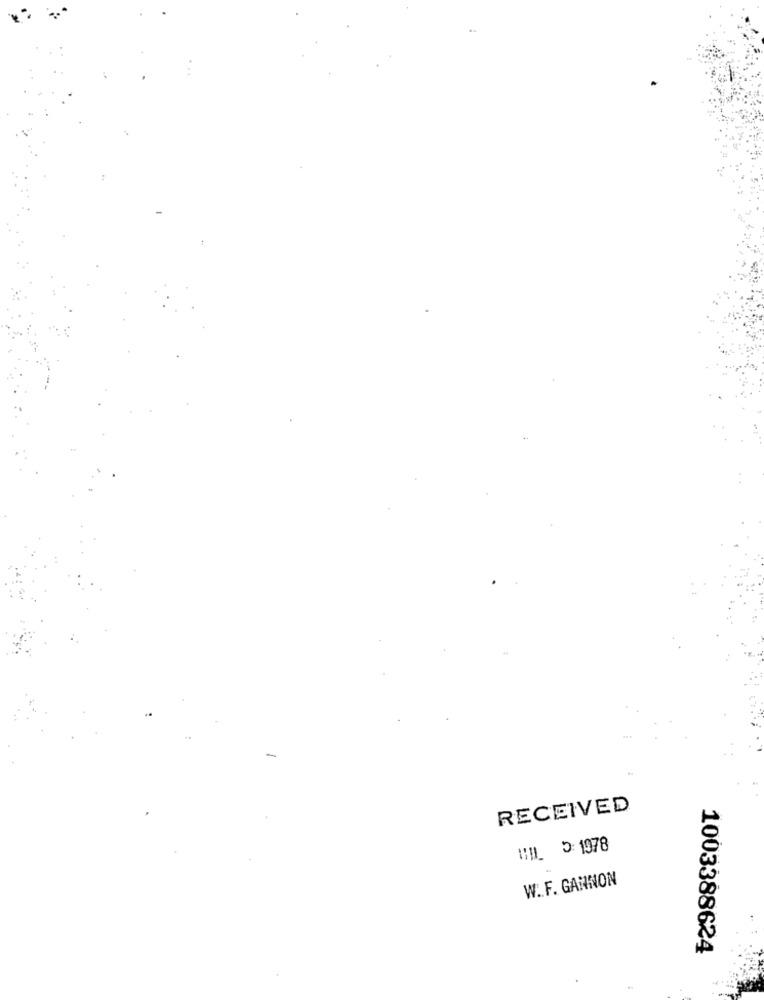
RECEIVED
11 :1978
W. F. GANNON
1003388624